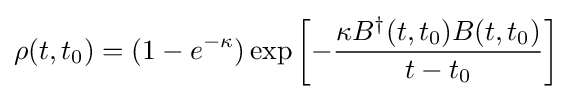
\rho (t,t_{0})=(1-e^{-\kappa })\exp \left[-{\frac {\kappa B^{\dagger }(t,t_{0})B(t,t_{0})}{t-t_{0}}}\right]